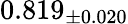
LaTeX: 0.819_{\pm 0.020}